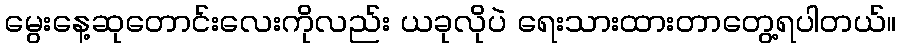
မွေးနေ့ဆုတောင်းလေးကိုလည်း ယခုလိုပဲ ရေးသားထားတာတွေ့ရပါတယ်။